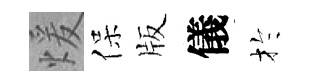
煖保版儀扵